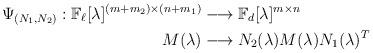
LaTeX: \begin{align*}\Psi_{(N_1,N_2)}:\mathbb{F}_{\ell}[\lambda]^{(m+m_2)\times (n+m_1)}&\longrightarrow \mathbb{F}_{d}[\lambda]^{m\times n}\\M(\lambda) &\longrightarrow N_2(\lambda)M(\lambda)N_1(\lambda)^T\end{align*}